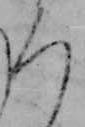
ろ